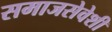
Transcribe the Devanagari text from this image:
समाजसेवेशी